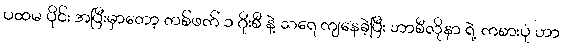
ပထမ ပိုင်း အပြီးမှာတော့ တစ်ဖက် ၁ ဂိုးစီ နဲ့ သရေ ကျနေခဲ့ပြီး ဘာစီလိုနာ ရဲ့ ကစားပုံ ဟာ